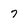
Character: 7